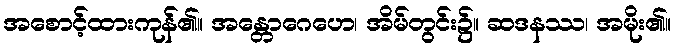
အစောင့်ထားကုန်၏။ အန္တောဂေဟေ၊ အိမ်တွင်း၌။ ဆဒနဿ၊ အမိုး၏။